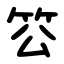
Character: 䇗